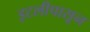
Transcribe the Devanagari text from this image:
इटलीपासून